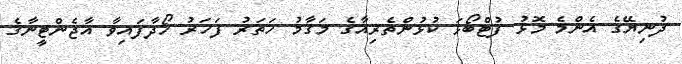
ދުނިޔޭގެ އެންމެ މޮޅު ފުޓްބޯޅަ ކުޅުންތެރިއާގެ މަޤާމު ހަތަރު ފަހަރު ހޯދާފައިވާ އާޖެންޓީނާގެ